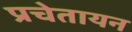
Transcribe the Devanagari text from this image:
प्रचेतायन